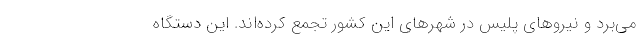
می‌برد و نیروهای پلیس در شهرهای این کشور تجمع کرده‌اند. این دستگاه